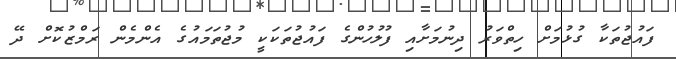
ފައުޖުތަކާ ގުޅުމަށް ހިތްވަރު ދިނުމަށާއި ފުލުހުންގެ ފައުޖުތަކަކީ މުޖުތަމައުގެ އެންމެން ރަމްޒުކޮށް ދޭ